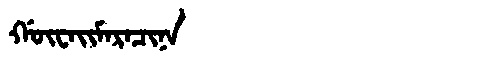
Manchu: ᡤᡡᠸᠠᡳᠮᠠᡵᠠᠴᡳᠨᠠ
Romanization: GŪWAIMARACINA